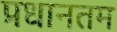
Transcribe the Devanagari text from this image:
प्रधानतम